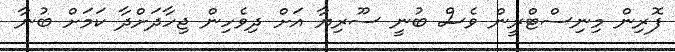
ފޮރިން މިނިސްޓްރީން ވެސް ބުނީ ސޫރިޔާ އަށް ދިވެހިން ޖިހާދަށްދާ ކަމަށް ބުނާ